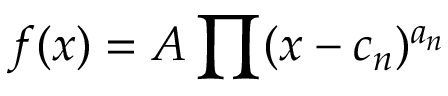
f ( x ) = A \prod ( x - c _ { n } ) ^ { a _ { n } }